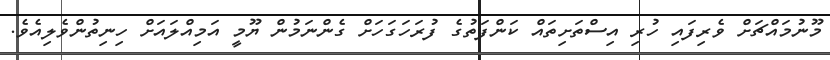
މޫނުމައްޗަށް ވެރިފައި ހުރި އިސްތަށިތައް ކަންފަތުގެ ފުރަހަގަހަށް ގެންނަމުން ޔޫމީ އަމިއްލައަށް ހިނިތުންވެލިއެވެ.